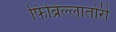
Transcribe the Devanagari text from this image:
फिब्रिल्लातोरी